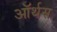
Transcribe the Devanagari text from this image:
ऑर्थस